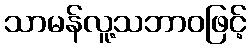
သာမန်လူ့သဘာဝဖြင့်